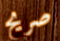
صريح